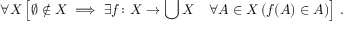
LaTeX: \forall X \left[ \varnothing \notin X \implies \exists f \colon X \rightarrow \bigcup X \quad \forall A \in X \, ( f ( A ) \in A ) \right] \, .